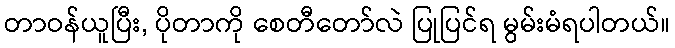
တာဝန်ယူပြီး, ပိုတာကို စေတီတော်လဲ ပြုပြင်ရ မွမ်းမံရပါတယ်။